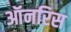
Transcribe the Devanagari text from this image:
ऑनरिस